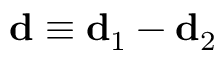
\mathbf { d } \equiv \mathbf { d } _ { 1 } - \mathbf { d } _ { 2 }